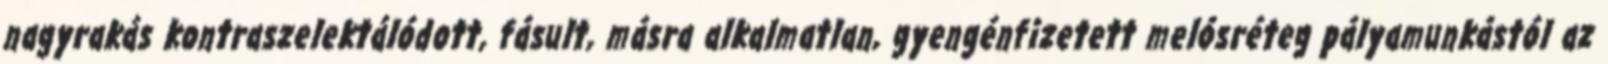
nagyrakás kontraszelektálódott, fásult, másra alkalmatlan, gyengénfizetett melósréteg pályamunkástól az